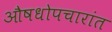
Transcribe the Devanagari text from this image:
औषधोपचारांत